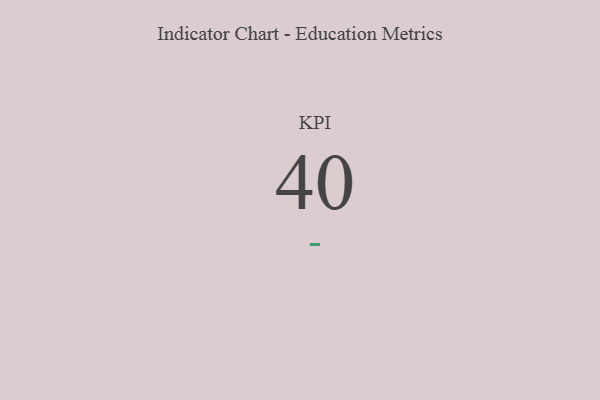
{"axis": {"x": "KPI", "y": "Value"}, "legend": [""], "data": [{"x": "KPI", "y": 40, "type": ""}]}